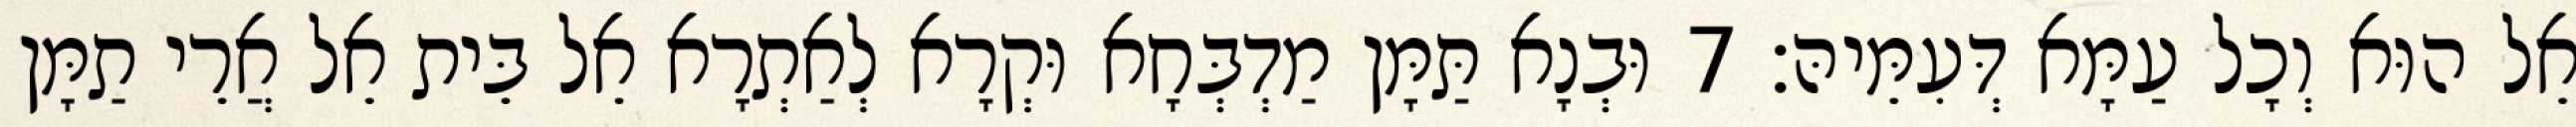
אֵל הוּא וְכָל עַמָּא דְּעִמֵּיהּ׃ 7 וּבְנָא תַּמָּן מַדְבְּחָא וּקְרָא לְאַתְרָא אֵל בֵּית אֵל אֲרֵי תַמָּן